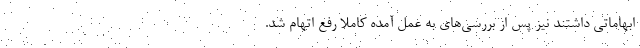
ابهاماتی داشتند نیز پس از بررسی‌های به عمل آمده کاملا رفع اتهام شد.